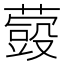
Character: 𮑬